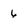
Character: 6